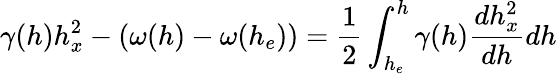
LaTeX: \gamma(h)h_{x}^{2}-(\omega(h)-\omega(h_{e}))=\frac{1}{2}\int_{h_{e}}^{h}\gamma(h)\frac{dh_{x}^{2}}{dh}dh